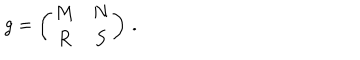
g = \left( \begin{array} { c c } { { M } } & { { N } } \\ { { R } } & { { S } } \\ \end{array} \right) \, .